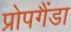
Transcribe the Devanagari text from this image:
प्रोपगैंडा